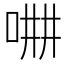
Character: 𠵡